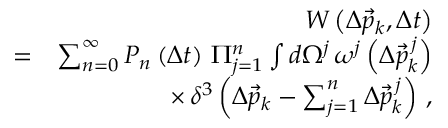
\begin{array} { r l r } & { } & { W \left( \Delta \vec { p } _ { k } , \Delta t \right) } \\ & { = } & { \sum _ { n = 0 } ^ { \infty } P _ { n } \left( \Delta t \right) \, \Pi _ { j = 1 } ^ { n } \int d \Omega ^ { j } \, \omega ^ { j } \left( \Delta \vec { p } _ { k } ^ { \, j } \right) } \\ & { } & { \times \, \delta ^ { 3 } \left( \Delta \vec { p } _ { k } - \sum _ { j = 1 } ^ { n } \Delta \vec { p } _ { k } ^ { \, j } \right) \, , } \end{array}